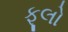
ફૂલો